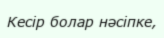
Кесір болар нәсіпке,